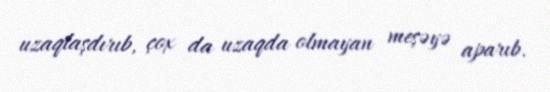
uzaqlaşdırıb, çox da uzaqda olmayan meşəyə aparıb.